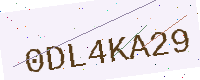
Text: 0DL4KA29